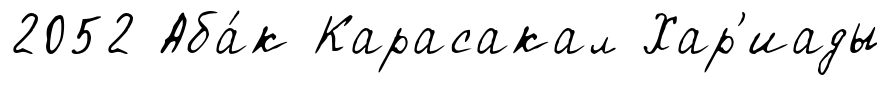
2052 Аба́к Карасакал Хар'иады